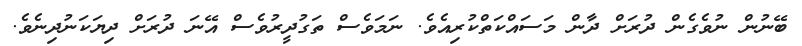
ބޭނުން ނުވެގެން ދުރަށް ދާން މަސައްކަތްކުރިއެވެ. ނަމަވެސް ތަގުދީރުވެސް އޭނަ ދުރަށް ދިޔަކަނުދިނެވެ.